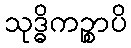
သုဒ္ဓိကဉ္စာပိ